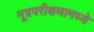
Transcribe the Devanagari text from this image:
मूत्रपरीक्षणामध्ये